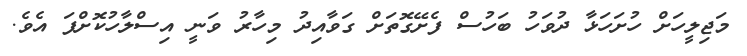
މަޖިލީހަށް ހުށަހަޅާ ދުވަހު ބަހުސް ފެށޭގޮތަށް ގަވާއިދު މިހާރު ވަނީ އިސްލާހުކޮށްފަ އެވެ.